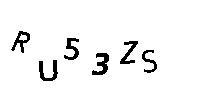
RU53ZS